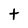
Character: t